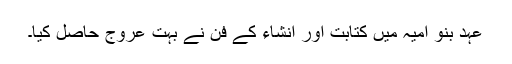
عہد بنو امیہ میں کتابت اور انشاء کے فن نے بہت عروج حاصل کیا۔